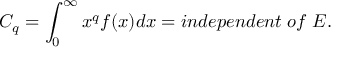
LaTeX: C _ { q } = \int _ { 0 } ^ { \infty } x ^ { q } f ( x ) d x = i n d e p e n d e n t \; o f \; E .